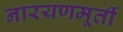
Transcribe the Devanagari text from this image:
नारयणमूर्ती